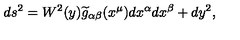
d s ^ { 2 } = W ^ { 2 } ( y ) \widetilde { g } _ { \alpha \beta } ( x ^ { \mu } ) d x ^ { \alpha } d x ^ { \beta } + d y ^ { 2 } ,